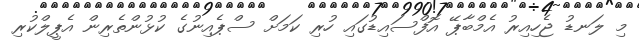
މި ލަނޑު ޖެހިއިރު އެމްބާޕޭ އޮފްސައިޑުގައި ހުރި ކަމަށް ސްޕެއިނުގެ ކުޅުންތެރިން އެޕީލްކުރި